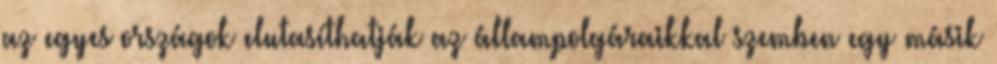
az egyes országok elutasíthatják az állampolgáraikkal szemben egy másik